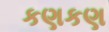
કણકણ